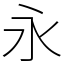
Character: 永